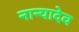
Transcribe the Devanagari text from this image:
नान्यादेव